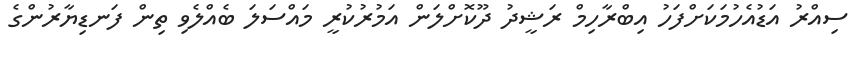
ސިއްރު އަޑުއެހުމަކަށްފަހު އިބްރާހިމް ރަޝީދު ދޫކޮށްލަން އަމުރުކުރީ މައްސަލަ ބެއްލެވި ތިން ފަނޑިޔާރުންގެ